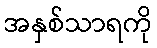
အနှစ်သာရကို